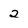
Character: 2